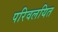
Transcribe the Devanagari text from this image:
परिवलयित